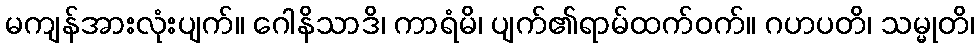
မကျန်အားလုံးပျက်။ ဂေါနိသာဒိ၊ ကာရံမိ၊ ပျက်၏ရာမ်ထက်ဝက်။ ဂဟပတိ၊ သမ္မုတိ၊